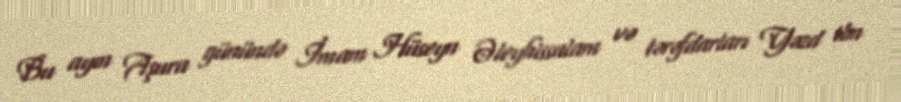
Bu ayın Aşura günündə İmam Hüseyn Əleyhissalam və tərəfdarları Yəzd ibn